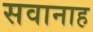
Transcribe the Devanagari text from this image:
सवानाह